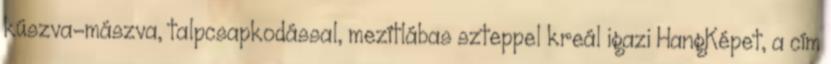
kúszva-mászva, talpcsapkodással, mezítlábas szteppel kreál igazi HangKépet, a cím